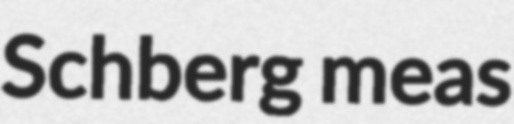
Schberg meas